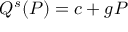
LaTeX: Q ^ { s } ( P ) = c + g P